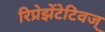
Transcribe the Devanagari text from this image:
रिप्रेझेंटेटिवज्